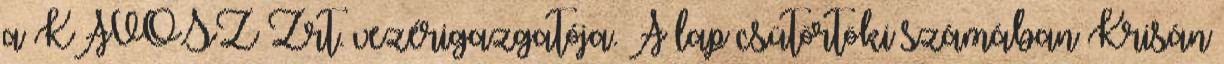
a KAVOSZ Zrt. vezérigazgatója. A lap csütörtöki számában Krisán